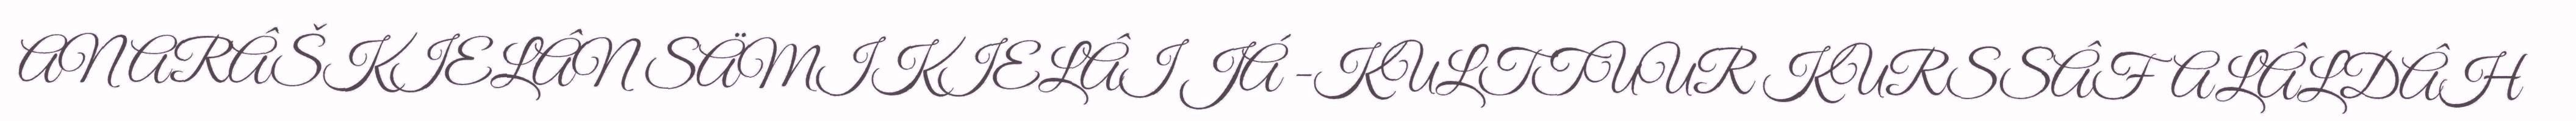
ANARÂŠKIELÂN SÄMIKIELÂI JÁ -KULTTUUR KURSSÂFALÂLDÂH